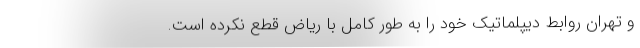
و تهران روابط دیپلماتیک خود را به طور کامل با ریاض قطع نکرده است.